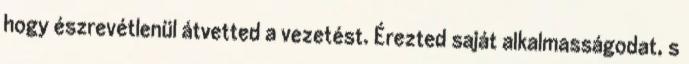
hogy észrevétlenül átvetted a vezetést. Érezted saját alkalmasságodat, s